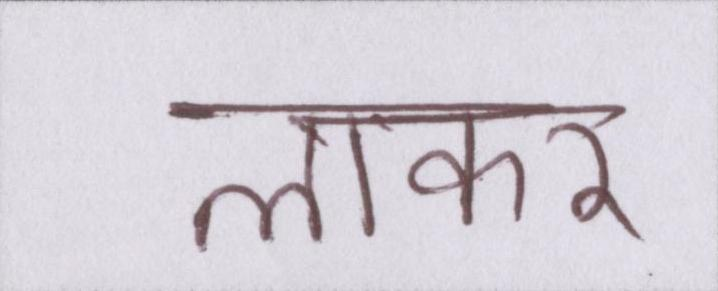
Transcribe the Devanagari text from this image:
लाकर